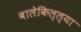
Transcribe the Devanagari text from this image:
बालेकिल्ल्या